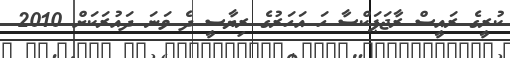
ކުރީގެ ރައީސް ރާޖަޕަކްސާ ހަ އަހަރުގެ ރިޔާސީ ދެ ވަނަ ދައުރަކަށް 2010